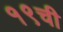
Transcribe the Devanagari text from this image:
१९ची